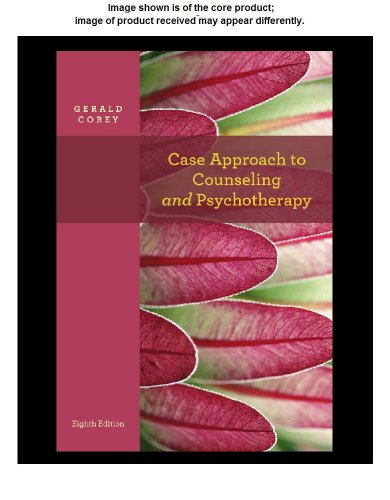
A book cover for Theory and Practice of Counseling and Psychotherapy; Gerald Corey; Education & Teaching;